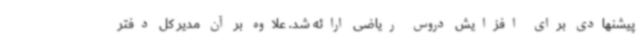
پیشنهادی برای افزایش دروس ریاضی ارائه شد. علاوه بر آن مدیر کل دفتر